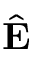
\hat { \bf E }